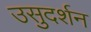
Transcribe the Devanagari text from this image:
उसुदर्शन